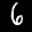
Label: 6